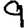
Digit: 9